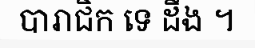
បារាជិក ទេ ដឹង ។